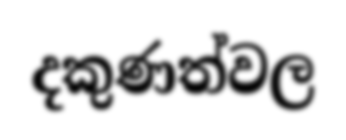
දකුණත්වල